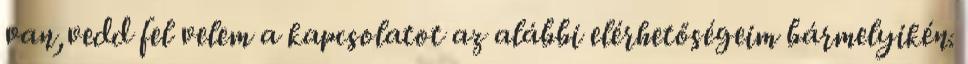
van,vedd fel velem a kapcsolatot az alábbi elérhetőségeim bármelyikén.